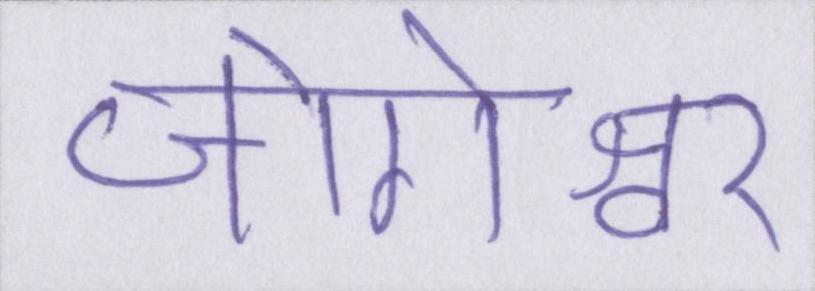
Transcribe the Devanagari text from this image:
जोगेश्वर